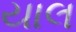
યાલ